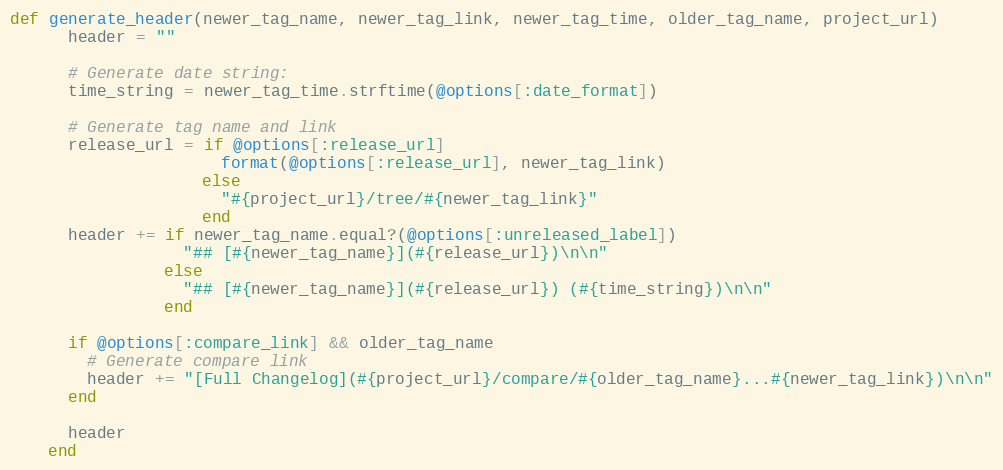
Language: Ruby
def generate_header(newer_tag_name, newer_tag_link, newer_tag_time, older_tag_name, project_url)
      header = ""

      # Generate date string:
      time_string = newer_tag_time.strftime(@options[:date_format])

      # Generate tag name and link
      release_url = if @options[:release_url]
                      format(@options[:release_url], newer_tag_link)
                    else
                      "#{project_url}/tree/#{newer_tag_link}"
                    end
      header += if newer_tag_name.equal?(@options[:unreleased_label])
                  "## [#{newer_tag_name}](#{release_url})\n\n"
                else
                  "## [#{newer_tag_name}](#{release_url}) (#{time_string})\n\n"
                end

      if @options[:compare_link] && older_tag_name
        # Generate compare link
        header += "[Full Changelog](#{project_url}/compare/#{older_tag_name}...#{newer_tag_link})\n\n"
      end

      header
    end